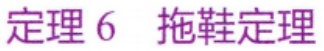
定理 6  拖鞋定理